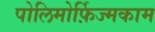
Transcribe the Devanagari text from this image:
पोलिमोर्फ़िज्मकाम